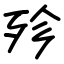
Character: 殄